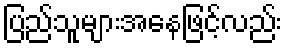
ပြည်သူများအနေဖြင့်လည်း